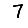
Digit: 7